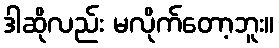
ဒါဆိုလည်း မလိုက်တော့ဘူး။